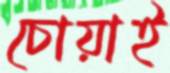
চোয়াই